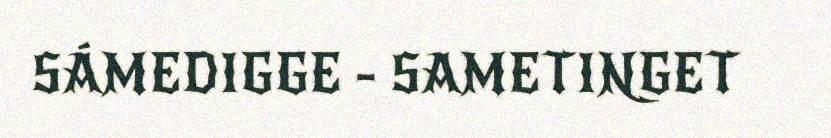
SÁMEDIGGE - SAMETINGET